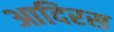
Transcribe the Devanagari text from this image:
आदिरस